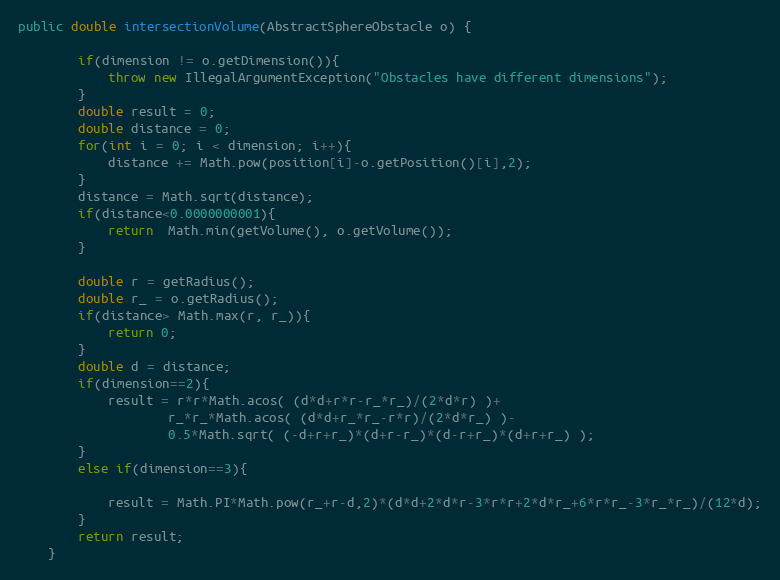
Language: Java
public double intersectionVolume(AbstractSphereObstacle o) {

		if(dimension != o.getDimension()){
			throw new IllegalArgumentException("Obstacles have different dimensions");
		}
		double result = 0;
		double distance = 0;
		for(int i = 0; i < dimension; i++){
			distance += Math.pow(position[i]-o.getPosition()[i],2);
		}
		distance = Math.sqrt(distance);
		if(distance<0.0000000001){
			return  Math.min(getVolume(), o.getVolume());
		}

		double r = getRadius();
		double r_ = o.getRadius();
		if(distance> Math.max(r, r_)){
			return 0;
		}
		double d = distance;
		if(dimension==2){
			result = r*r*Math.acos( (d*d+r*r-r_*r_)/(2*d*r) )+
					r_*r_*Math.acos( (d*d+r_*r_-r*r)/(2*d*r_) )-
					0.5*Math.sqrt( (-d+r+r_)*(d+r-r_)*(d-r+r_)*(d+r+r_) );
		}
		else if(dimension==3){

			result = Math.PI*Math.pow(r_+r-d,2)*(d*d+2*d*r-3*r*r+2*d*r_+6*r*r_-3*r_*r_)/(12*d);
		}
		return result;
	}